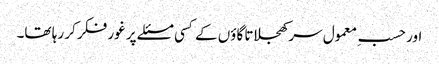
اور حسبِ معمول سر کھجلاتا گاؤں کے کسی مسئلے پر غور فکر کر رہا تھا۔